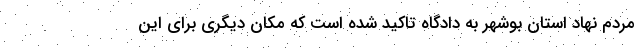
مردم نهاد استان بوشهر به دادگاه تاکید شده است که مکان دیگری برای این